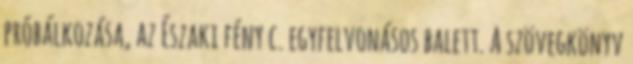
próbálkozása, az Északi fény c. egyfelvonásos balett. A szövegkönyv